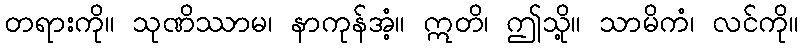
တရားကို။ သုဏိဿာမ၊ နာကုန်အံ့။ ဣတိ၊ ဤသို့။ သာမိကံ၊ လင်ကို။